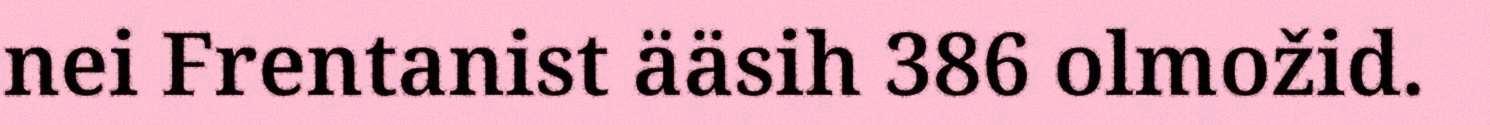
nei Frentanist ääsih 386 olmožid.